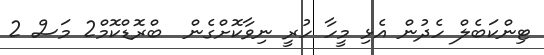
ޓިންކަބެލް ހެދުން އެޅި މީހާ ހުރީ ނިވާކޮށްގެން  ބްރޮޑްކޮމް2 މަސް 2